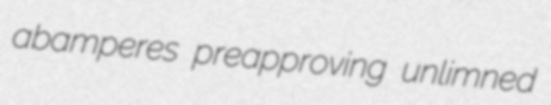
abamperes preapproving unlimned